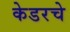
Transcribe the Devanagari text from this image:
केडरचे